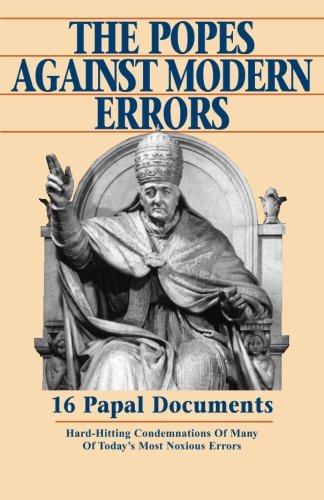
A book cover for Popes Against Modern Errors: 16 Famous Papal Documents; Christian Books & Bibles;